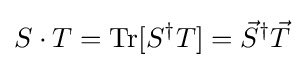
S\cdot T=\mathrm {Tr} [S^{\dagger }T]={\vec {S}}^{\dagger }{\vec {T}}